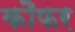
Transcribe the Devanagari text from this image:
कौफर